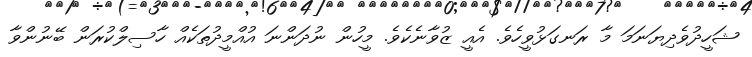
ޝަހީދުވެދިޔަނަމަ މާ ރަނގަޅުވީހެވެ. އެއީ ޒުވާނެކެވެ. މީހުން ނުދަންނަ އުއްމީދުތަކެއް ހާސިލްކުރަން ބޭނުންވާ